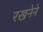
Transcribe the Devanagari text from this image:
रखनेने